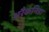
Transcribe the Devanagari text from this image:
अरैकनिडा